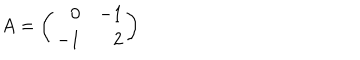
A = \left( \begin{array} { r r } { { 0 } } & { { - 1 } } \\ { { - 1 } } & { { 2 } } \\ \end{array} \right)